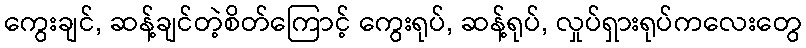
ကွေးချင်, ဆန့်ချင်တဲ့စိတ်ကြောင့် ကွေးရုပ်, ဆန့်ရုပ်, လှုပ်ရှားရုပ်ကလေးတွေ